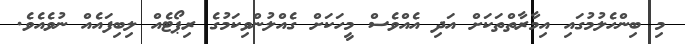
މި ބިންހެލުމުގައި އިމާރާތްތަކަށް އަދި އެއްވެސް މީހަކަށް ގެއްލުންވިކަމުގެ ރިޕޯޓެއް ލިބިފައެއް ނުވެއެވެ.